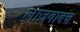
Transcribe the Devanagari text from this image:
लाजवाबच